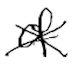
Text: of
Cross-out: cross
Writing tool: digital_black